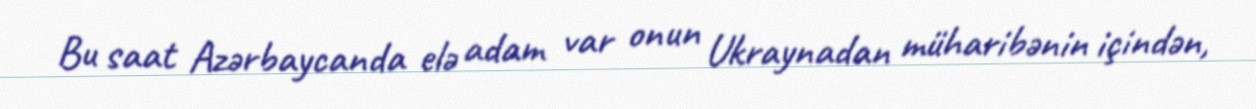
Bu saat Azərbaycanda elə adam var onun Ukraynadan müharibənin içindən,